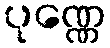
ပုဏ္ဏေ